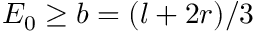
E _ { 0 } \ge b = ( l + 2 r ) / 3